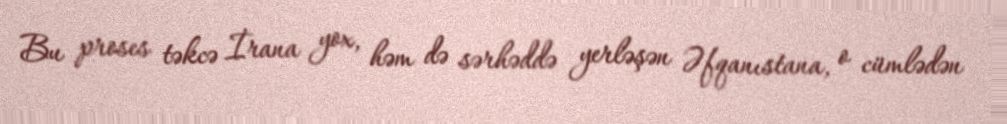
Bu proses təkcə İrana yox, həm də sərhəddə yerləşən Əfqanıstana, o cümlədən